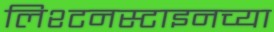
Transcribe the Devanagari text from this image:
लिश्टनस्टाइनच्या